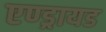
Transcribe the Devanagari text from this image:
एण्ड्रायड